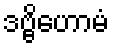
ဒဗ္ဗိဟောမံ